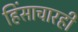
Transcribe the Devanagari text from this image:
हिंसाचारही